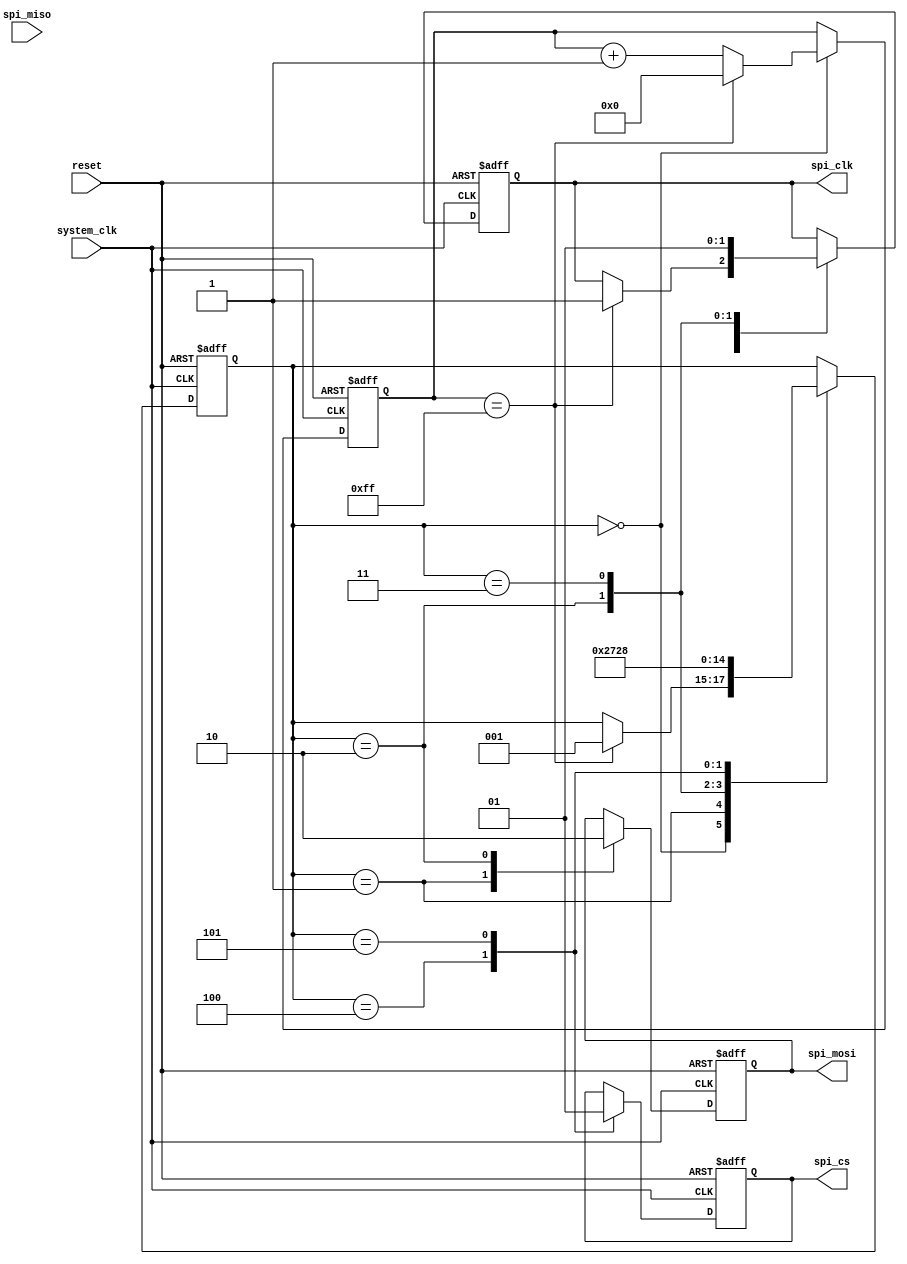
module spi_timing_control (
    input wire system_clk,
    input wire reset,
    output reg spi_clk,
    output reg spi_cs,
    output reg spi_mosi,
    input wire spi_miso
);

reg [7:0] clk_divider;
reg [2:0] state;

parameter DIVIDER_MAX = 255;
parameter CS_ACTIVE_CYCLES = 1;

always @(posedge system_clk or posedge reset) begin
    if (reset) begin
        clk_divider <= 0;
        state <= 3'b000;
        spi_clk <= 0;
        spi_cs <= 1;
        spi_mosi <= 0;
    end else begin
        case (state)
            3'b000: begin
                clk_divider <= clk_divider + 1;
                if (clk_divider == DIVIDER_MAX) begin
                    clk_divider <= 0;
                    spi_clk <= 1;
                    state <= 3'b001;
                end
            end
            3'b001: begin
                spi_mosi <= 1; // Transmit data
                state <= 3'b010;
            end
            3'b010: begin
                spi_mosi <= 0;
                spi_clk <= 0;
                state <= 3'b011;
            end
            3'b011: begin
                spi_clk <= 1;
                state <= 3'b100;
            end
            3'b100: begin
                spi_cs <= 0; // Enable chip select
                state <= 3'b101;
            end
            3'b101: begin
                spi_cs <= 1; // Disable chip select
                state <= 3'b000;
            end
        endcase
    end
end

assign spi_miso = 1; // Sample MISO line

endmodule